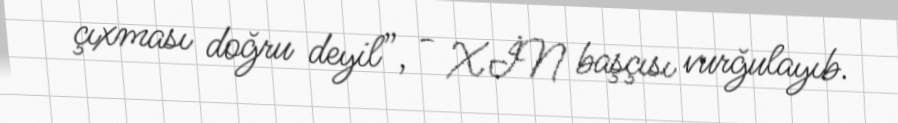
çıxması doğru deyil”, - XİN başçısı vurğulayıb.